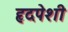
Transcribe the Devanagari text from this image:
हृदपेशी